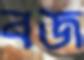
বজ